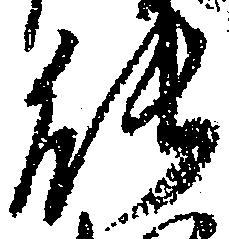
能